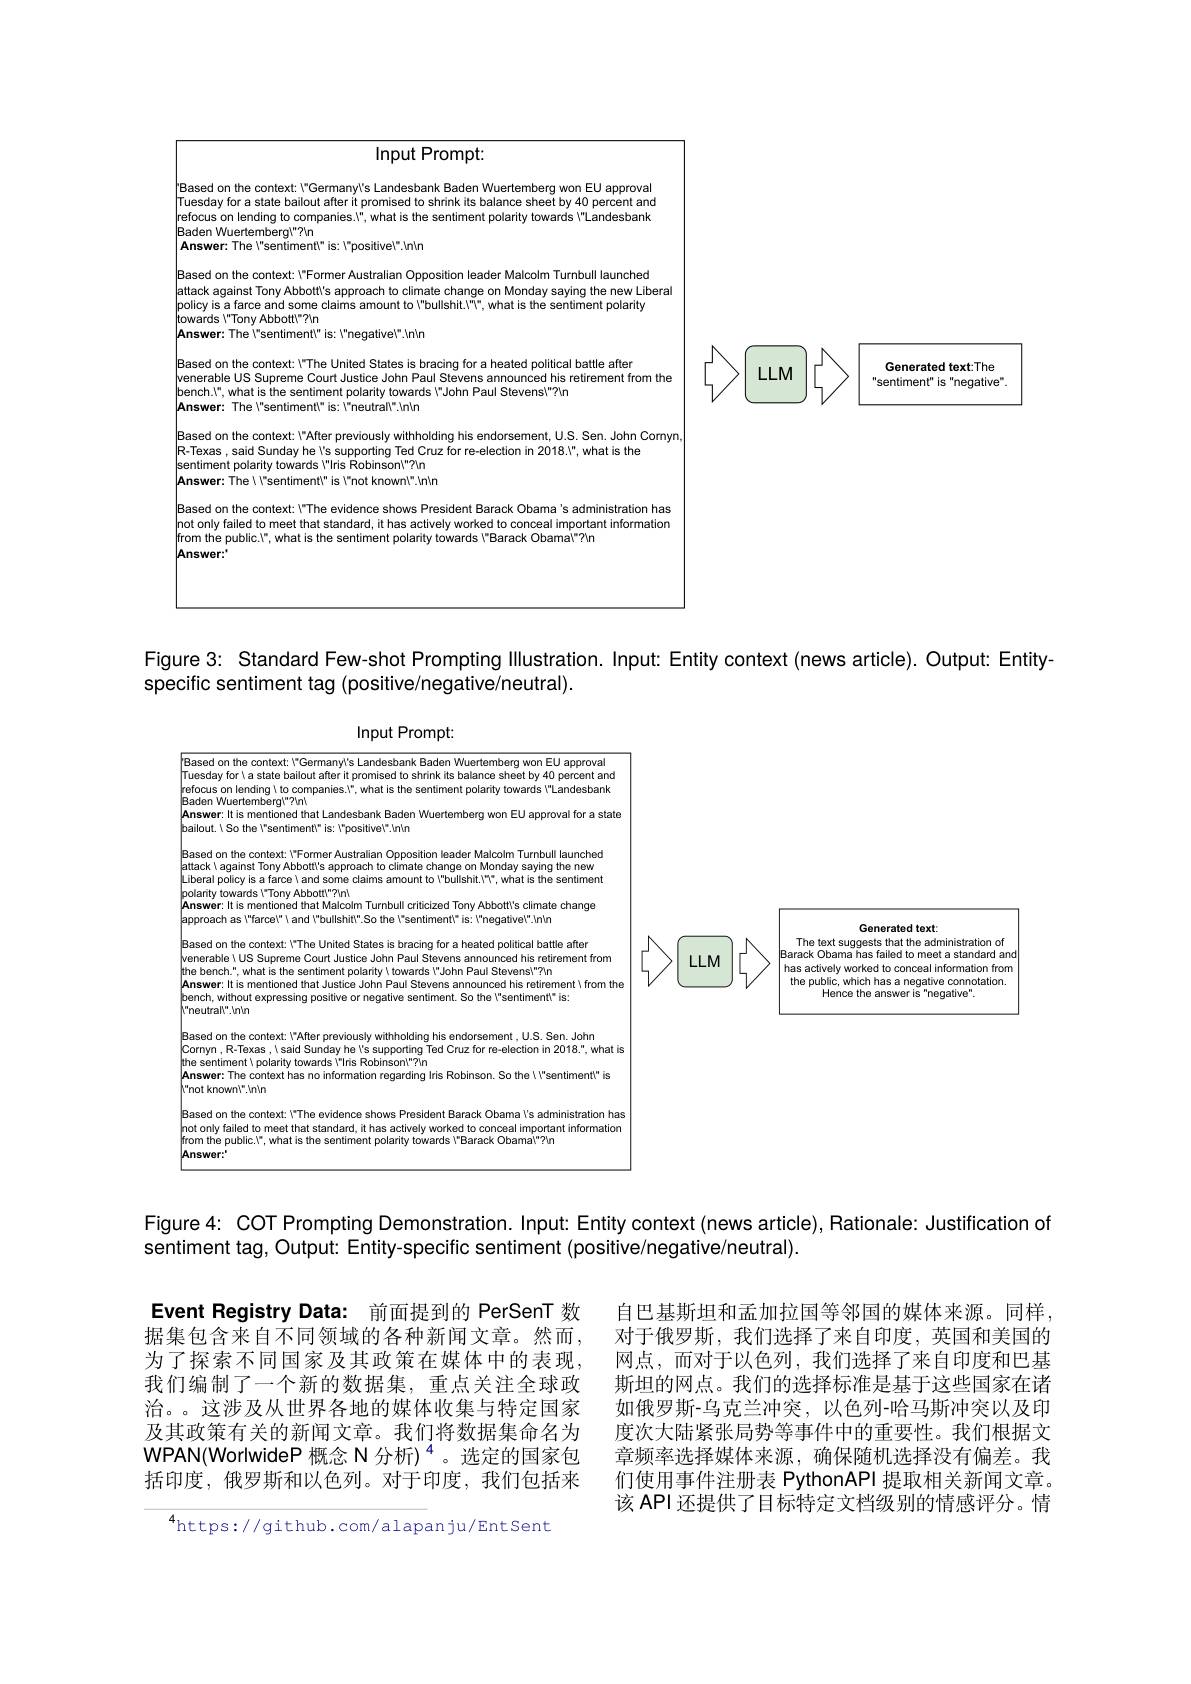
<FigureHere>

Figure 3: Standard Few-shot Prompting Illustration. Input: Entity context (news article). Output: Entity-
specific sentiment tag (positive/negative/neutral).

<FigureHere>

Figure 4: COT Prompting Demonstration. Input: Entity context (news article), Rationale: Justification of

sentiment tag, Output: Entity-specific sentiment (positive/negative/neutral).

Event Registry Data: 前面提到的 PerSenT 数据集包含来自不同领域的各种新闻文章。然而，

为了探索不同国家及其政策在媒体中的表现， 我们编制了一个新的数据集，重点关注全球政治。。这涉及从世界各地的媒体收集与特定国家及其政策有关的新闻文章。我们将数据集命名为WPAN(WorlwideP 概念 N 分析)$^{4}$。选定的国家包括印度，俄罗斯和以色列。对于印度，我们包括来

自巴基斯坦和孟加拉国等邻国的媒体来源。同样， 对于俄罗斯，我们选择了来自印度，英国和美国的网点，而对于以色列，我们选择了来自印度和巴基斯坦的网点。我们的选择标准是基于这些国家在诸如俄罗斯-乌克兰冲突，以色列-哈马斯冲突以及印度次大陆紧张局势等事件中的重要性。我们根据文章频率选择媒体来源，确保随机选择没有偏差。我们使用事件注册表 PythonAPI 提取相关新闻文章。该 API 还提供了目标特定文档级别的情感评分。情

$^{4}$https://github.com/alapanju/EntSent